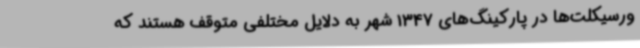
ورسیکلت‌ها در پارکینگ‌های 1347 شهر به دلایل مختلفی متوقف هستند که